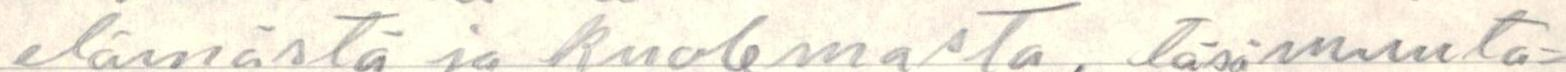
elämästä ja kuolemasta, täsä muuta=